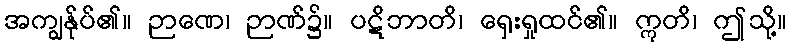
အကျွန်ုပ်၏။ ဉာဏေ၊ ဉာဏ်၌။ ပဋိဘာတိ၊ ရှေးရှုထင်၏။ ဣတိ၊ ဤသို့။